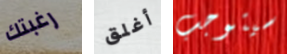
رغبتك أغلق سيتوجب